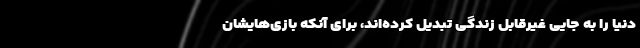
دنیا را به جایی غیرقابل زندگی تبدیل کرده‌اند، برای آنکه بازی‌هایشان